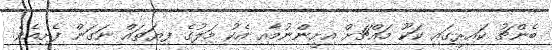
ބެންޗު ކައިރީގައި ކަކޫ މައްޗަށް އިށީންނުމާއި އެކު މަލުގެ ފިޔަތައް ނަގަން ފެށިއެވެ.